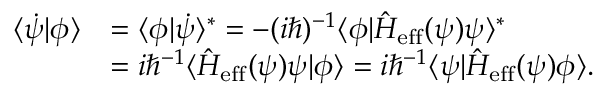
\begin{array} { r l } { \langle \dot { \psi } | \phi \rangle } & { = \langle \phi | \dot { \psi } \rangle ^ { \ast } = - ( i \hbar ) ^ { - 1 } \langle \phi | \hat { H } _ { \mathrm { e f f } } ( \psi ) \psi \rangle ^ { \ast } } \\ & { = i \hbar ^ { - 1 } \langle \hat { H } _ { \mathrm { e f f } } ( \psi ) \psi | \phi \rangle = i \hbar ^ { - 1 } \langle \psi | \hat { H } _ { \mathrm { e f f } } ( \psi ) \phi \rangle . } \end{array}